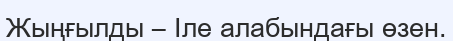
Жыңғылды – Іле алабындағы өзен.